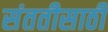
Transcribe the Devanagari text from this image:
संततीसाठी